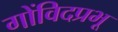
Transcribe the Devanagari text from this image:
गोंविदप्रभू